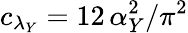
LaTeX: c_{\lambda_{Y}}=12\, \alpha_{Y}^{2}/\pi^{2}